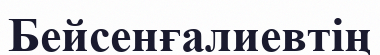
Бейсенғалиевтің